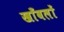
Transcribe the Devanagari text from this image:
खाँवलों